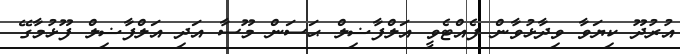
އުރުދޫ ކިޔަވާ ވިދާޅުވާން ފެއްޓެވީ އަލްފާޟިލް ޙަސަން މޫސާ އަދި އަލްފާޟިލް ފޫޅުމާގޭ